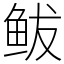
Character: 鲅